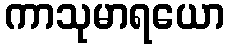
ကာသုမာရယော